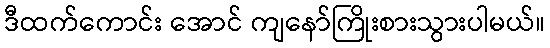
ဒီထက်ကောင်း အောင် ကျနော်ကြိုးစားသွားပါမယ်။